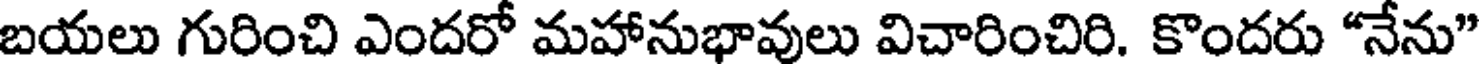
బయలు గురించి ఎందరో మహానుభావులు విచారించిరి. కొందరు "నేను"